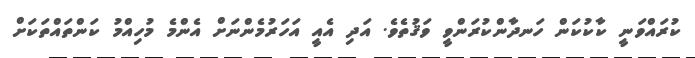
ކުރައްވަނީ ކާކުކަން ހަނދާންކުރަންވީ ވަޤުތެވެ. އަދި އެއީ އަހަރުމެންނަށް އެންމެ މުހިއްމު ކަންތައްތަކަށް